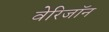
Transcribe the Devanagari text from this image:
वेरिजॉन